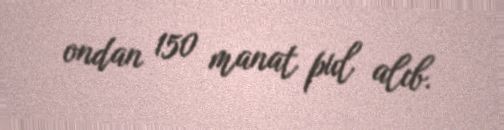
ondan 150 manat pul alıb.